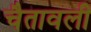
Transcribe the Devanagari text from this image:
चैतावली